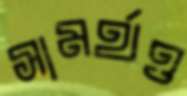
সামর্থও